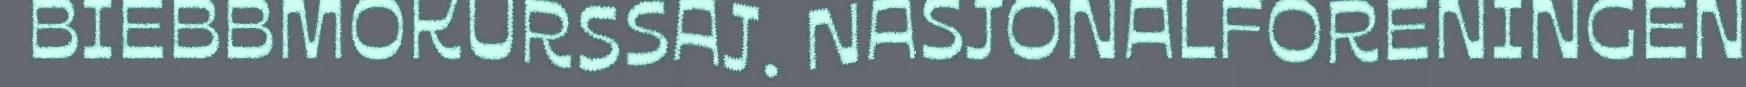
BIEBBMOKURSSAJ. NASJONALFORENINGEN